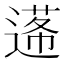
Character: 𨕷